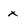
Character: x